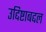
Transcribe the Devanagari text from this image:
उद्दिष्टाबद्दल